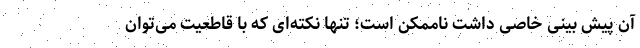
آن پیش بینی خاصی داشت ناممکن است؛ تنها نکته‌ای که با قاطعیت می‌توان